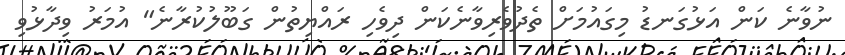
ނުވާނެ ކަން އަޅުގަނޑު މިގައުމަށް ތެދުވެރިވާނެކަން ދިވެހި ރައްޔިތުން ގަބޫލުކުރާނެ" އުމަރު ވިދާޅުވި